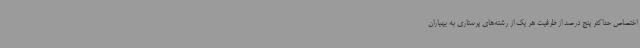
اختصاص حداکثر پنج درصد از ظرفیت هر یک از رشته‌های پرستاری به بهیاران